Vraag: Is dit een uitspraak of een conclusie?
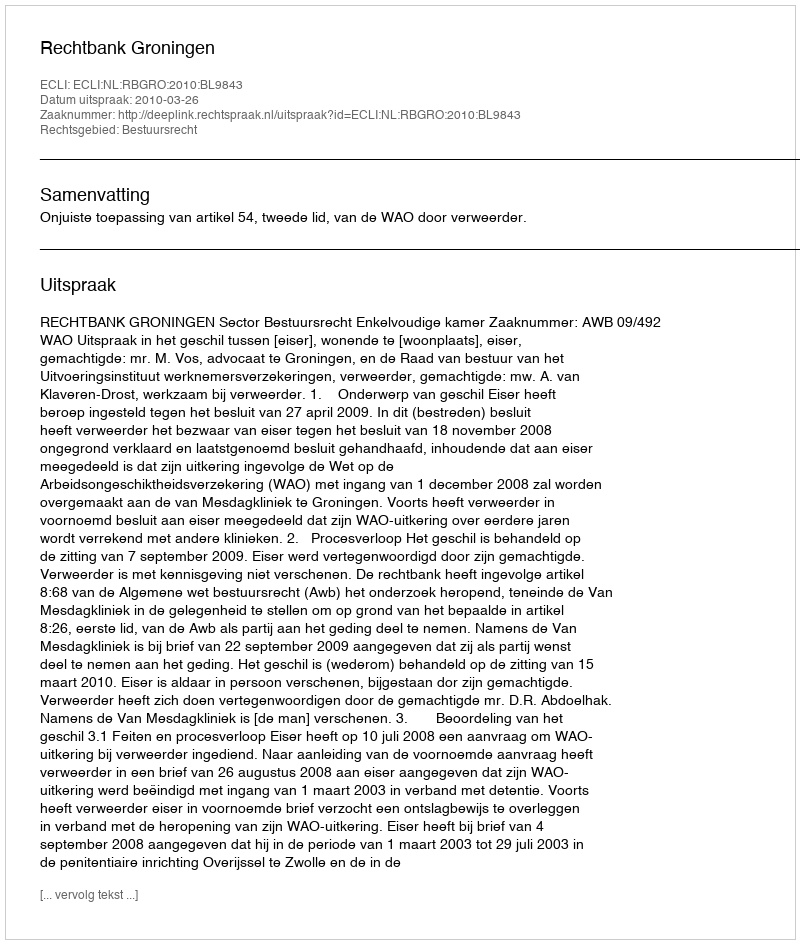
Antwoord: Uitspraak